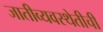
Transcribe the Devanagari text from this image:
जातीव्यवस्थेतीची